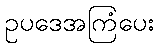
ဥပဒေအကြံပေး